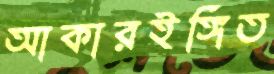
আকারইঙ্গিত